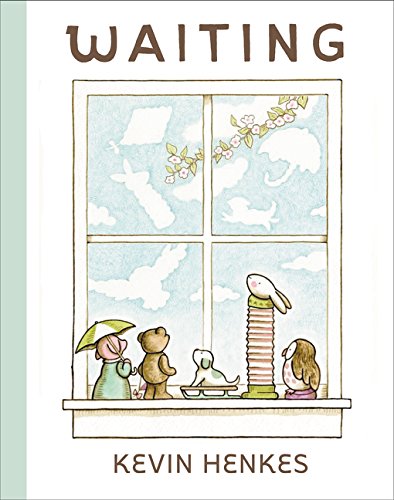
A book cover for Waiting; Kevin Henkes; Children's Books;